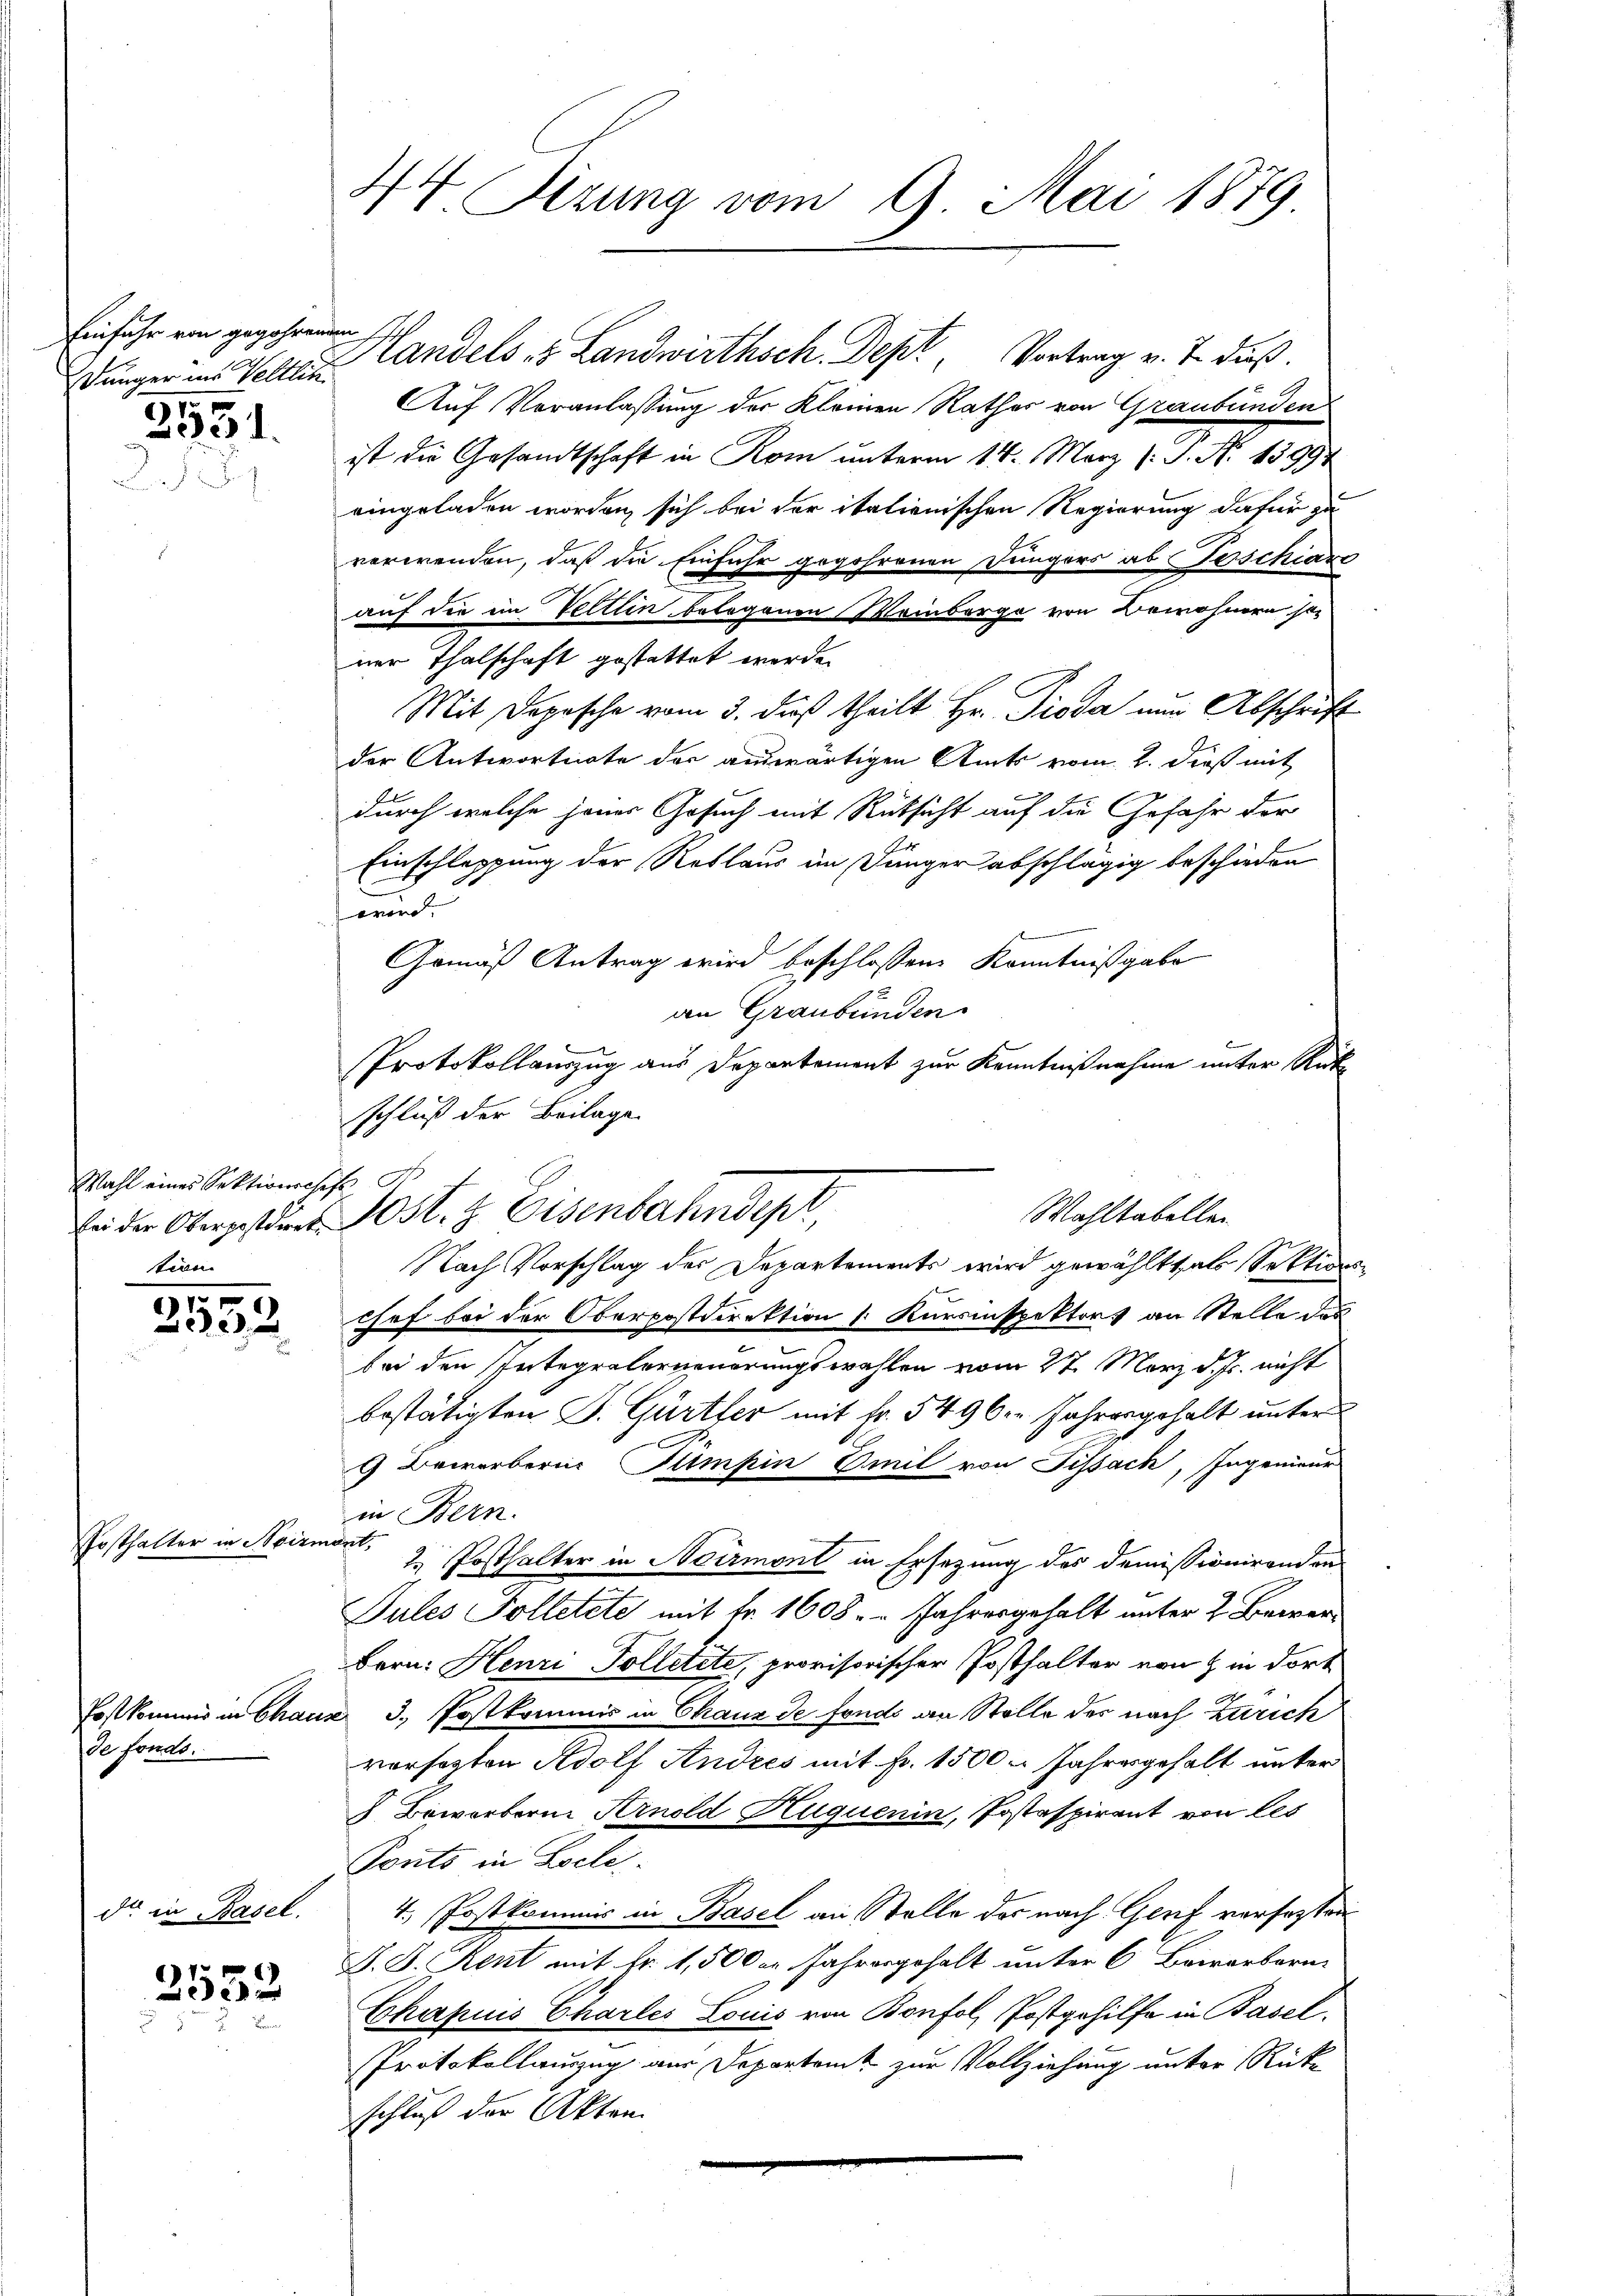
Einfuhr von gegehrenden
Jünger ins Veltlin

.
2333. 1.

Wahl eines Sektionshofe d
tion.

.
2332

Posthalter in Neirmont,

de fonds.

dt in Basel.

2552
 f 8 x

44 Sizung vom 9. Mai 1879

Handels es Landwirthsch. Depk, Vortrag v. J. dieß.
Auf Veranlassung der Kleinen Rathes von Graubünden
ist die Gesandtschaft in Rom unterm 14. März (S. N. 13994
eingeladen worden, sich bei der italienischen Regierung dafür zu
verwenden, daß die Einfuhr gegehrenen Düngers ab Forschiarr
auf die im Veltlin belogenen Weinberge von Bewohnern so
ner Thalschaft gestattet werde.
Mit Depesche vom 3. daß theilt Hr. Pioda nun Abschrift
der Antwortnate der auswärtigen Amts vom 2. dieß mit
durch welche jener Gesuch mit Rücksicht auf die Gefahr der
Einschleppung der Reklaus im Dünger abschlägig beschieden
wird.
Gemäß Antrag wird beschlossen, Kenntnißgabe
e
an Graubünden
Protokollauszug aus Departement zur Kenntnißnahme unter Rückschluß der Beilage.
bei der Obergesteres Post- & Eisenbahndept,
Nach Vorschlag der Departements wird gewählt, als Sektions-
Chef bei der Oberpostdirektion Kursinspektors an Stelle des
bei den Integralerneuerungswahlen vom 27. März d. Js. nicht
bestätigten J. Gürtler mit Fr. 5496. Jahresgehalt unter
9 Bewerberne Tümpin Emil von Fissach, Ingenieur
in Bern.
2. Posthalter in Neirmont in Ersezung des Demissionirenden
Pules Tolletete mit fr. 1608. " Jahresgehalt unter 2 Bewer¬
Bern: Henri Tolletete, provisorischer Posthalter von & in dort
Postkommis in Chaus 3. Postkommis in Chaux de fonds an Stelle des nach Zürich
versezten Adolf Andres mit Fr. 1500. Jahresgehalt unter
 Boworbern Arnold Huquenin, Jostaspirant von les
Ponto in Zoele
4. Postkommis in Basel an Stelle das nach Genf versagten
J. J. Kent mit Fr. 1,500 an Fahresgehalt unter 6 Bewerborn-
Chapuis Charles Louis von Bonfol, Postgehilfe in Basel.
Protokollauszug aus Departamt zur Vollziehung unter Rückschluß der Akten

Wahltabellen